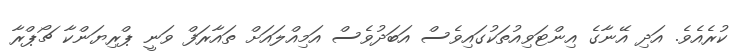
ކުރެއެވެ. އަދި އޭނާގެ އިންޓަވިއުތަކުގައިވެސް އަބަދުވެސް އަމިއްލައަށް ތައާރަފް ވަނީ ޕްރިޔަންކާ ޗޯޕްރާ